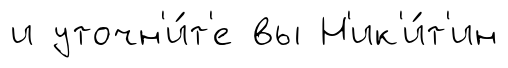
и уточн'и́т'е вы Н'ик'и́т'ин